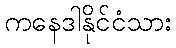
ကနေဒါနိုင်ငံသား